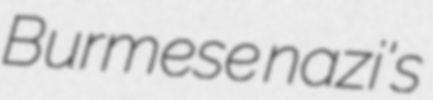
Burmese nazi's